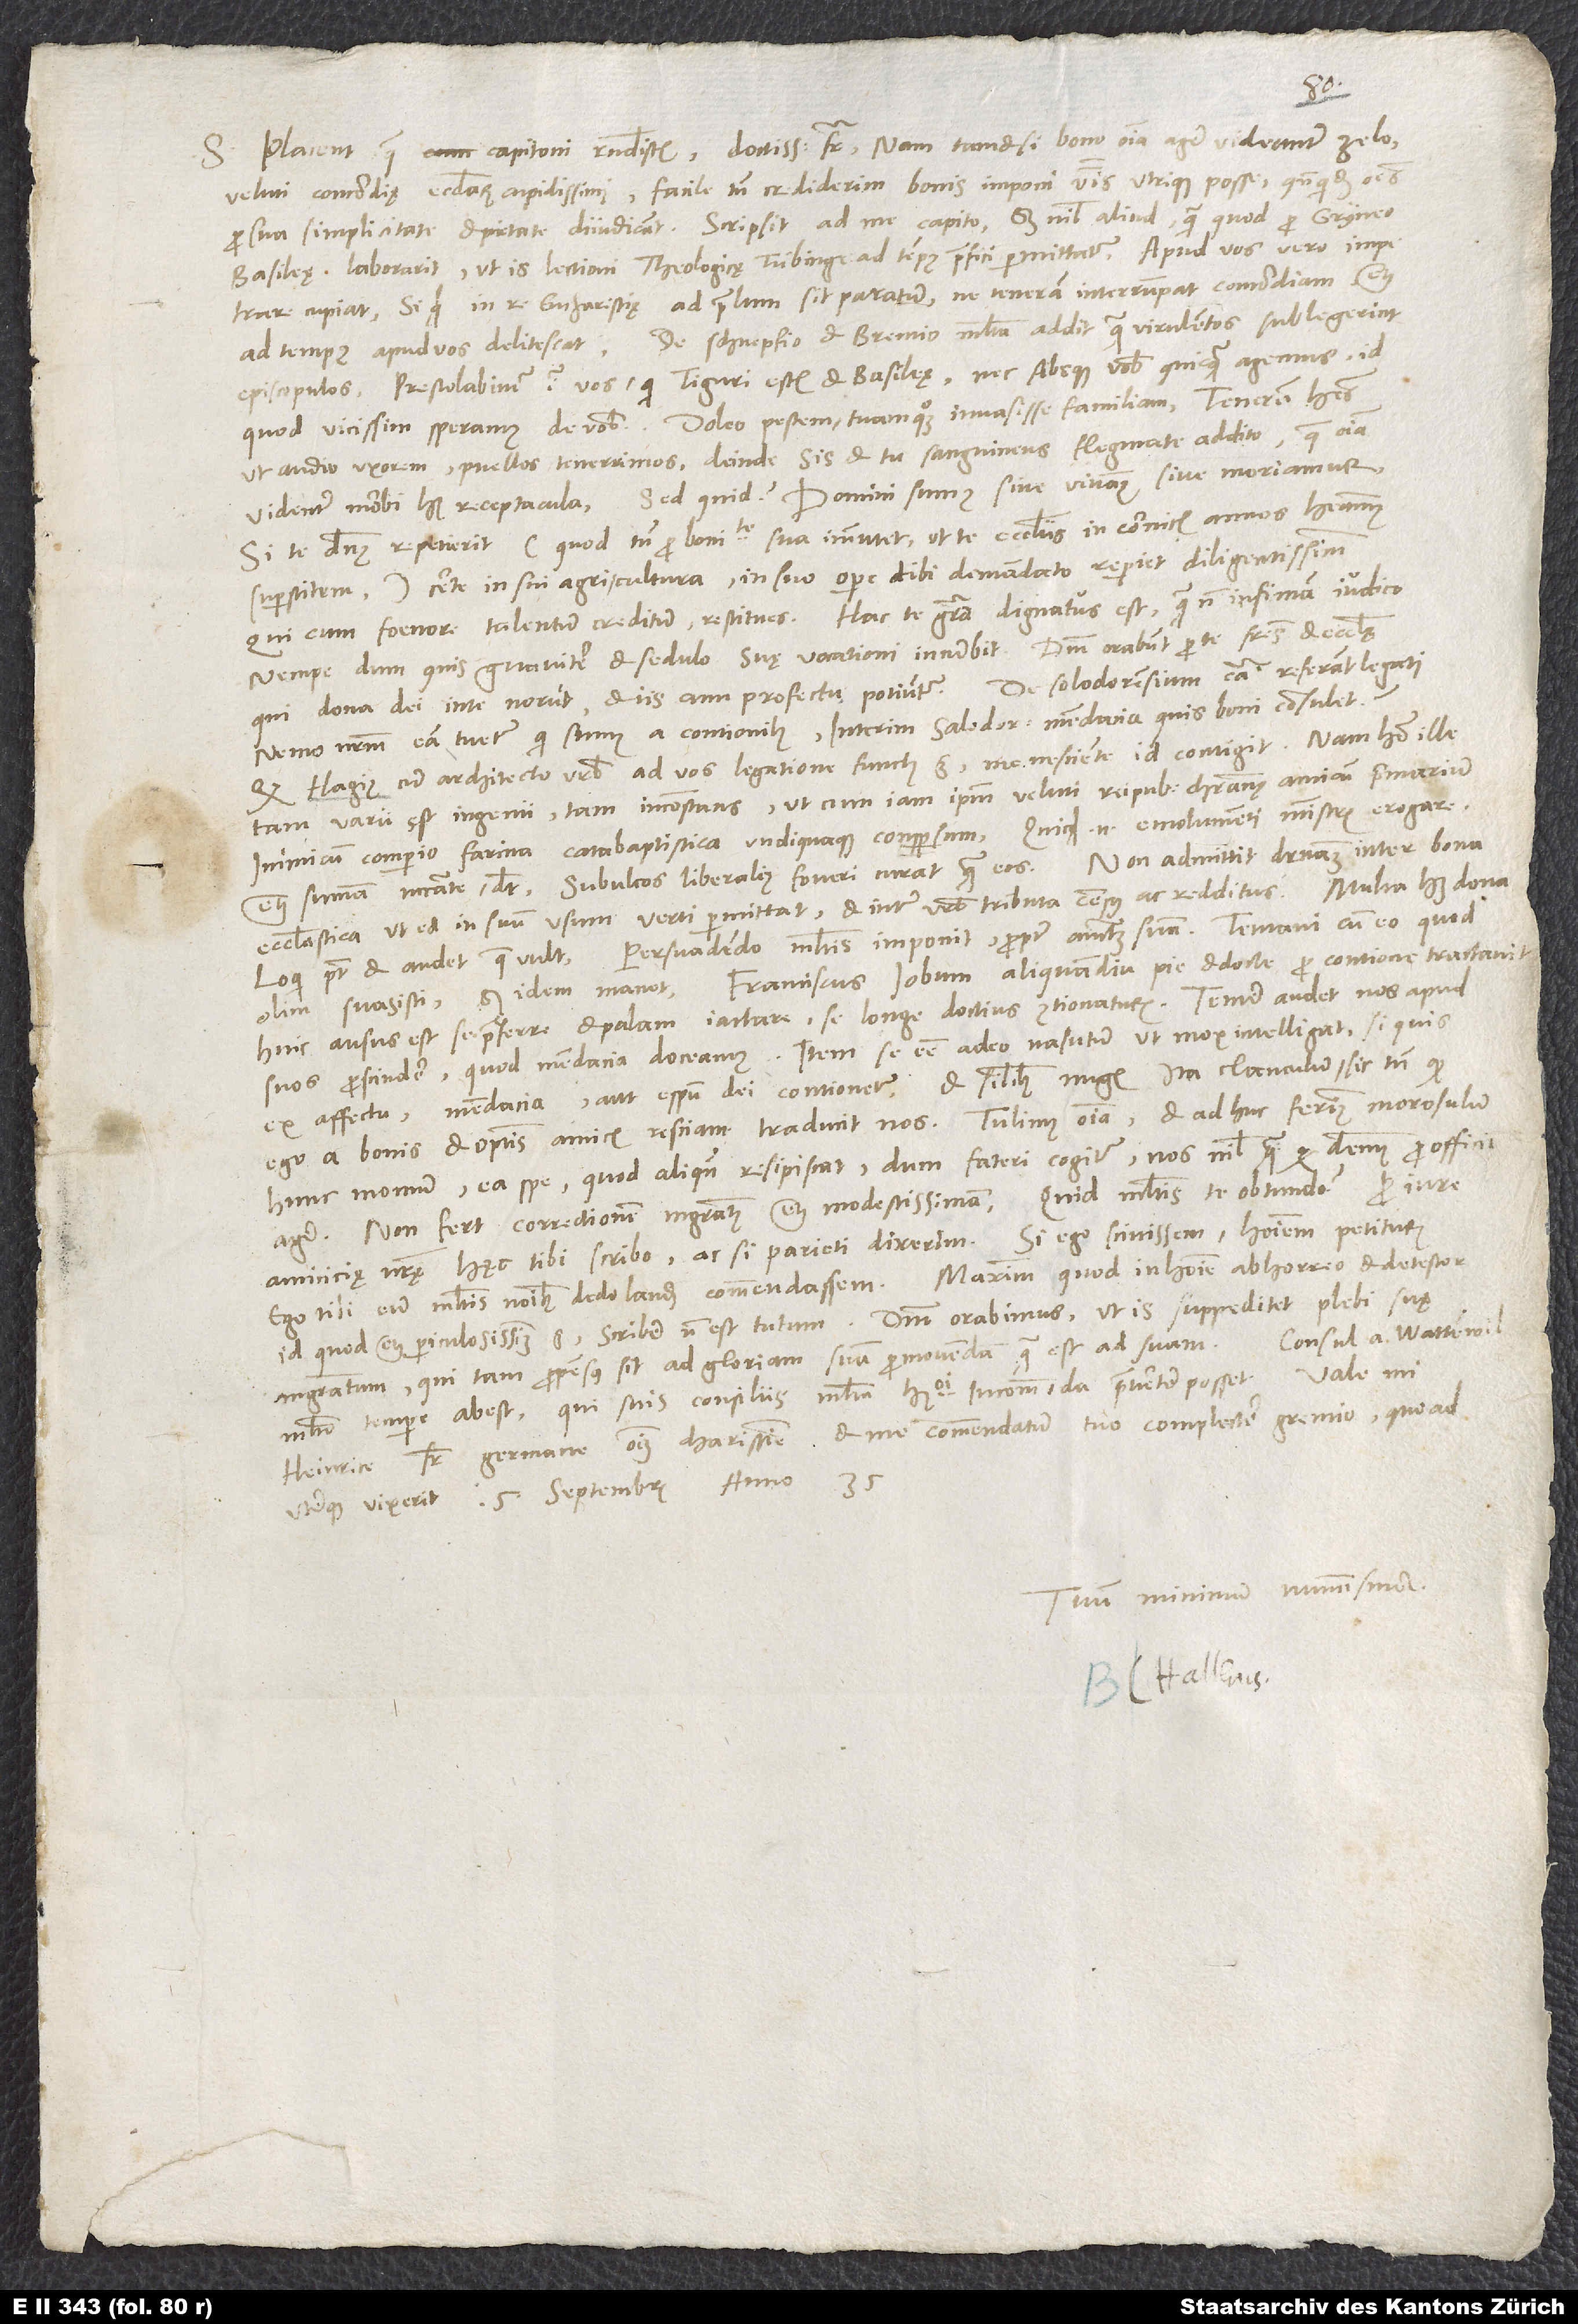
S. Placent, quae Capitoni respondistis, doctissime frater. Nam tametsi bono omnia agere videantur zelo
veluti concordię ecclesiarum cupidissimi, facile tamen crediderim bonis imponi verbis utrique potuisse, quandoquidem omnes
pro sua simplicitate et pietate diiudicant. Scripsit ad me Capito, sed nihil aliud, quam quod pro Gryneo
Basileę laborarit, ut is lectioni theologicae Tübinge ad tempus praefici permittatur. Apud vos vero impetrare
cupiat, si quid in re eucharistię ad prelum sit paratum, ne tenerarn interrumpat concordiam, etiam
ad tempus apud vos delitescat. De Schnepfio et Brentio multa addit, quam virulentos sublegerint
episcopulos. Prestolabimur igitur vos, qui Tiguri estis et Basileę, nec absque vobis quicquam agemus, id
ut audio, uxorem, puellos tenerrimos, deinde sis et tu sanguineus flegmate addito, quae omnia
videntur morbi huius receptacula. Sed quid? Domini sumus, sive vivamus sive moriamur.
Si te dominus repetierit (quod tamen pro bonitate sua immutet, ut te ecclesiis in comicis annos habeamus
superstitem), certe in sui agri cultura, in suo opere tibi demandato reperiet diligentissimum,
qui cum foenore talentum creditum restitues. Hac te gratia dignatus est, quam non infimam iudico,
Nemo nostrum eam tuetur, qui sumus a contionibus. Interim Salodorensium mendacia quis boni consulet?
Quod Hagius cum architecto urbis ad vos legatione functus est, me nesciente id contigit. Nam homo ille
tam varii est ingenii, tam inconstans, ut eum iam ipsum veluti reipublicae christianę amicum primarium
inimicum comperio farina catabaptistica undiquaque conspersum. Quicquid enim emolumenti ministris erogare
etiam summa necessitate debet, subulcos liberalius foveri curat quam eos. Non admittit differentiam inter bona
ecclesiastica, ut ea in suum usum verti permittat, et inter urbis tributa, census ac redditus. Multa habet dona,
loqui potest et audet, quae vult. Persuadendo multis imponit propter auctoritatem suam. Tentavi cum eo, quod
Franciscus lobum aliquamdiu pie et docte pro contione tractavit;
olim suasisti, sed idem manet.
huic ausus est se praeferre et palam iactare se longe doctius contionaturum. Temere audet nos apud
suos proscindere, quod mendacia doceamus, item se esse adeo nasutum, ut mox intelligat, si quis
ex affectu mendacia aut e spiritu dei contionetur, et similibus nugis. Ita clanculum, sic tamen, quod
ego a bonis et optimis amicis resciam, traducit nos. Tulimus omnia et adhuc ferimus morosulum
hunc Momum ea spe, quod aliquando resipiscat, dum fateri cogitur nos nihil, quam quod debemus pro officio,
agere. Non fert correctionem magistratus etiam modestissimam. Quid multis te obtundo? Pro iure
amicicię nostrae haec tibi scribo, ac si parieti dixerim. Si ego scivissem hominem petiturum,
ego tibi eum multis nominibus dedolandum commendassem. Maximum, quod in homine abhorreo et detestor,
id quod etiam periculosissimum est, scribere non est tutum. Dominum orabimus, ut is suppeditet plebi suę
Consul a Wattenwil
magistratum, qui tam propensus sit ad gloriam suam promovendam, quam est ad suam.
multo tempore abest, qui suis consiliis multa huiusmodi incommoda praevertere posset.
Heinrice, frater germane omnium charissime, et me commendaturn tuo complectere gremio, quoad
Tuum minimum nummisma.